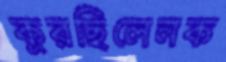
কুরছিলেনক